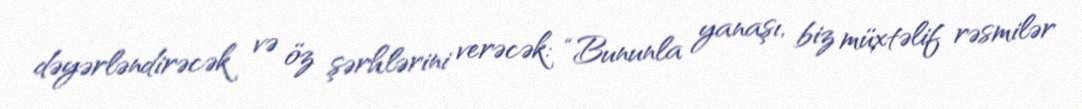
dəyərləndirəcək və öz şərhlərini verəcək: “Bununla yanaşı, biz müxtəlif rəsmilər